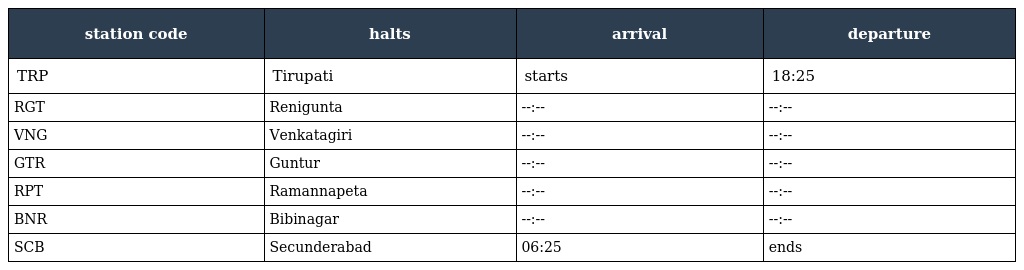
| station code | halts | arrival | departure |
 | --- | --- | --- | --- |
 | TRP | Tirupati | starts | 18:25 |
 | RGT | Renigunta | --:-- | --:-- |
 | VNG | Venkatagiri | --:-- | --:-- |
 | GTR | Guntur | --:-- | --:-- |
 | RPT | Ramannapeta | --:-- | --:-- |
 | BNR | Bibinagar | --:-- | --:-- |
 | SCB | Secunderabad | 06:25 | ends |